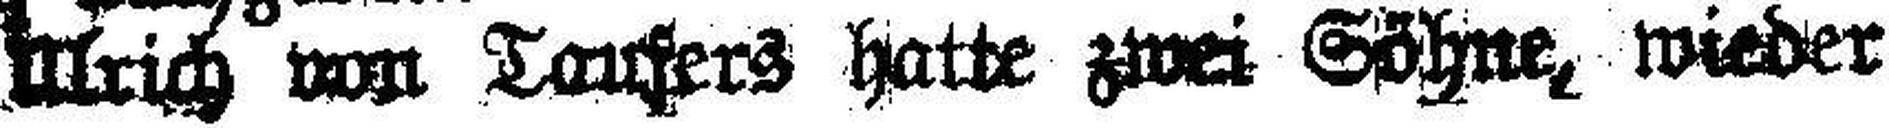
Ulrich von Taufers hatte zwei Söhne, wieder